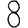
Digit: 8